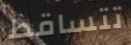
تتساقط